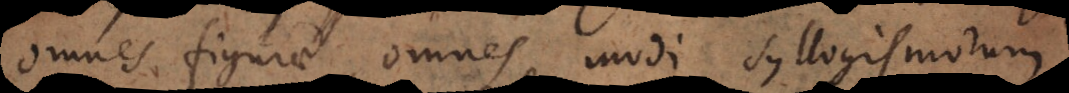
omnes figurae, omnes modi syllogismorum